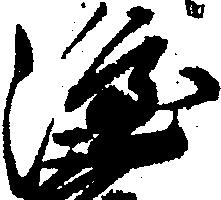
隆